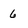
Character: 6